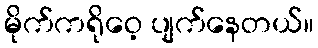
မိုက်ကရိုဝေ့ ပျက်နေတယ်။